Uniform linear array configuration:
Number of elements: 48
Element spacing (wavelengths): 0.75
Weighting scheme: kaiser
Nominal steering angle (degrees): -45
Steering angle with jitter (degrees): -44.548
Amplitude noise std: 0.05
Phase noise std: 0.05

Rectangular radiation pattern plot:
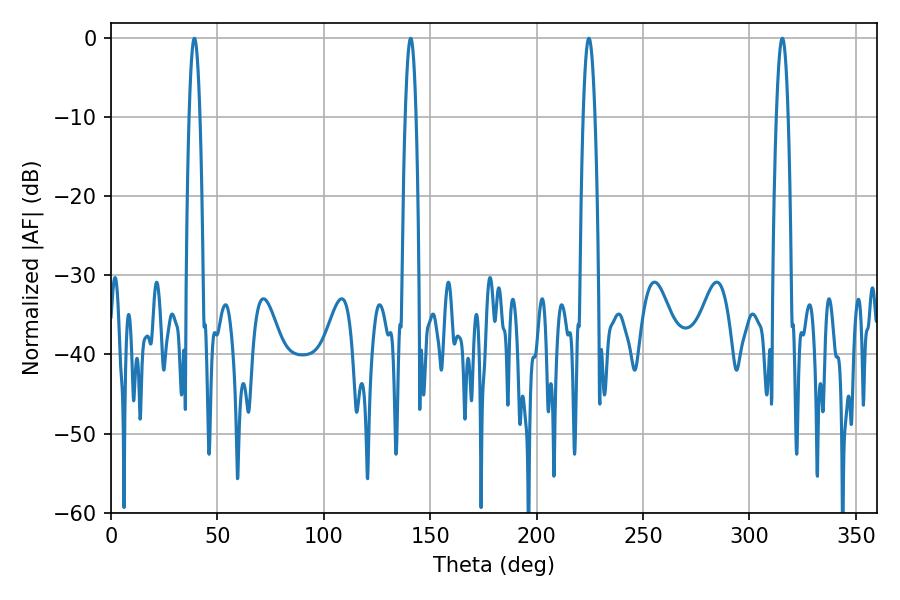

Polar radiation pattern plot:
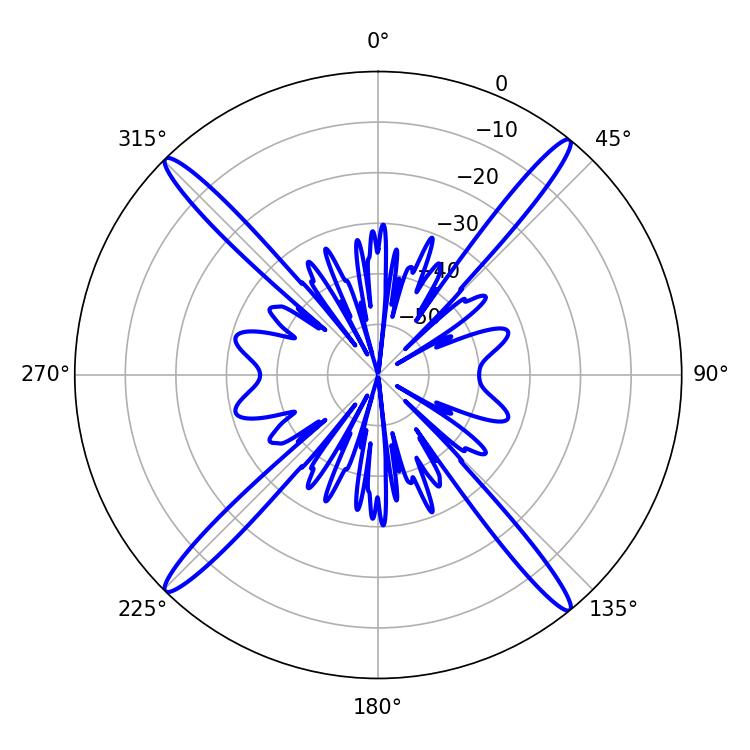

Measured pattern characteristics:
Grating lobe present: TRUE
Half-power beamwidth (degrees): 2.7
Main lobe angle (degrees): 39.24